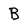
Character: B